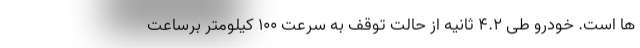
ها است. خودرو طی 4.2 ثانیه از حالت توقف به سرعت 100 کیلومتر برساعت